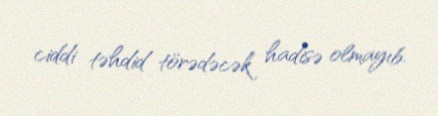
ciddi təhdid törədəcək hadisə olmayıb.